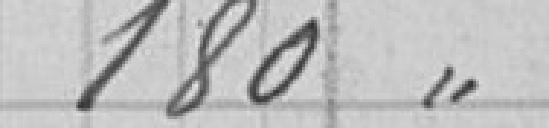
180